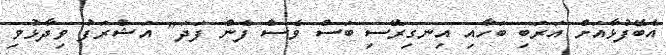
އެބޭފުޅާއަށް އަރަބި ބަހާއި އިނގިރޭސި ބަސް ވެސް ފެން ފަދަ" އަޝްރަފު ވިދާޅުވި